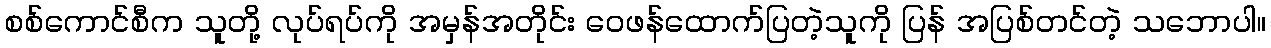
စစ်ကောင်စီက သူတို့ လုပ်ရပ်ကို အမှန်အတိုင်း ဝေဖန်ထောက်ပြတဲ့သူကို ပြန် အပြစ်တင်တဲ့ သဘောပါ။